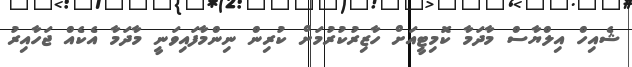
ޝެއިހް އިލްޔާސް މާދަމާ ކޮމިޓީއަށް ހާޒިރުކުރުމަށް ކުރިން ނިންމާފައިވަނީ މާދަމާ އެކެއް ޖަހާއިރު